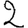
Digit: 2